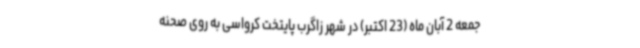
جمعه 2 آبان ماه (23 اکتبر) در شهر زاگرب پایتخت کرواسی به روی صحنه